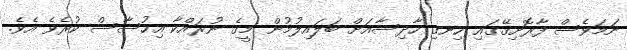
ނަމަވެސް ފާރޮށިގޭގައި ހިނގި ހާދިސާއަށް ބަލައިލުމުން މީގެ ނުރައްކާ އިހުސާސް ކުރެވެ އެވެ.